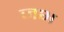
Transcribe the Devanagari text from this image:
जभ